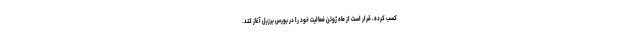
کسب کرده، قرار است از ماه ژوئن فعالیت خود را در بورس برزیل آغاز کند.